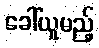
ခေါ်ယူမည့်